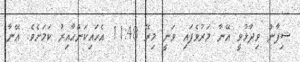
ޝިފާން ވިދާޅުވީ އޭނާ މަރުވެފައި ވަނީ މިރޭ 11:48 އެހައިކަންހާއިރު ކަމަށެވެ. އޭނާ